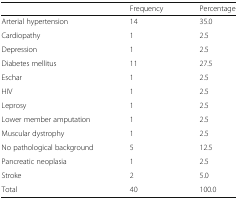
<table><thead><tr><td></td><td><b>Frequency</b></td><td><b>Percentage</b></td></tr></thead><tbody><tr><td>Arterial hypertension</td><td>14</td><td>35.0</td></tr><tr><td>Cardiopathy</td><td>1</td><td>2.5</td></tr><tr><td>Depression</td><td>1</td><td>2.5</td></tr><tr><td>Diabetes mellitus</td><td>11</td><td>27.5</td></tr><tr><td>Eschar</td><td>1</td><td>2.5</td></tr><tr><td>HIV</td><td>1</td><td>2.5</td></tr><tr><td>Leprosy</td><td>1</td><td>2.5</td></tr><tr><td>Lower member amputation</td><td>1</td><td>2.5</td></tr><tr><td>Muscular dystrophy</td><td>1</td><td>2.5</td></tr><tr><td>No pathological background</td><td>5</td><td>12.5</td></tr><tr><td>Pancreatic neoplasia</td><td>1</td><td>2.5</td></tr><tr><td>Stroke</td><td>2</td><td>5.0</td></tr><tr><td>Total</td><td>40</td><td>100.0</td></tr></tbody></table>